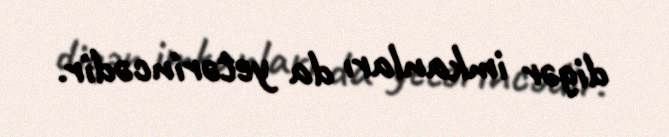
digər imkanları da yetərincədir.